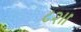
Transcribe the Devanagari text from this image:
८२।।